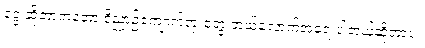
ငွေ ဆိုတာကတော့ ဝိညာဥ်ကျောက်တုံးတွေ ဘယ်လောက်အရေးပါတယ်ဆိုတာပဲ။